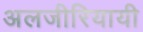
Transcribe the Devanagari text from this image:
अलजीरियायी